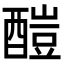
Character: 𨢉